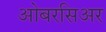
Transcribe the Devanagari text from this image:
ओबरसिअर